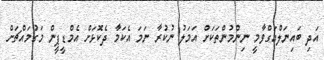
އަދި ބައިނަލްއަގްވާމީ ނިންމުންތަކަށް އަމަލު ނުކުރާ ނަމަ އެކަމާ ދެކޮޅަށް އެމްޑީޕީން މަގުމައްޗަށް